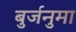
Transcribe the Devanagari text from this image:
बुर्जनुमा